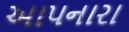
આપનારા